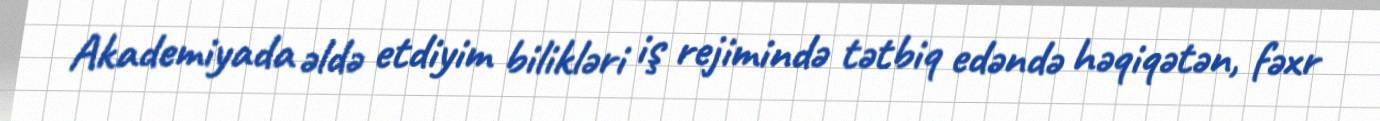
Akademiyada əldə etdiyim bilikləri iş rejimində tətbiq edəndə həqiqətən, fəxr